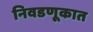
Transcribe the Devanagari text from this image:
निवडणूकात